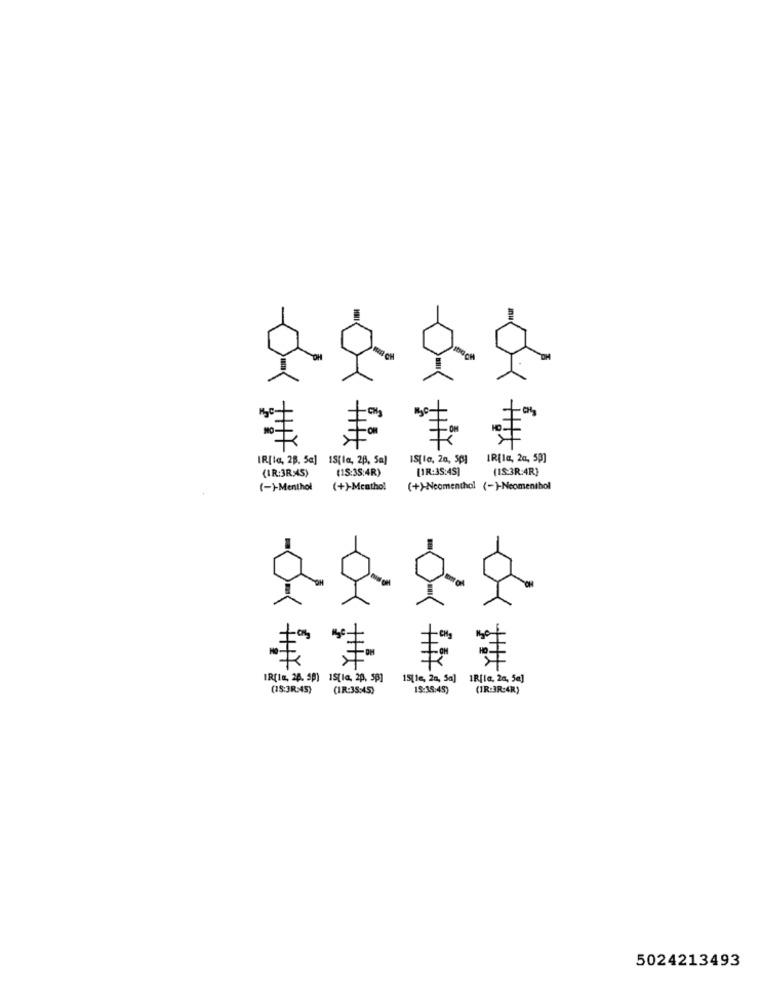
7H
IR[le, 28, 5a] 15(la, 28, Sa)
IR[la, 2a, 59]
(IR:3RX45)
(15:35:4R)
[1R:35:4S]
(IS.3R:4R)
(-)-Menthol
(+)-Menthol
(+)-Ncomenthol (-)-Ncomenthol
IR(IE, 26. 50) 15[la, 20, 50]
15[16, 2a, Sa] 1R[la, 24, 54]
(IS:3R>45)
(IR:35:45)
19:38:45)
(IR:3R:4R)
5024213493